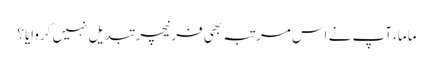
ماما، آپ نے اس مرتبہ بھی فرنیچر تبدیل نہیں کروایا؟